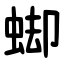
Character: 䖼